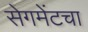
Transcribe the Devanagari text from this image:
सेगमेंटचा